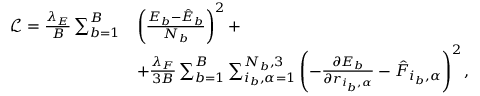
\begin{array} { r l } { \mathcal { L } = \frac { \lambda _ { E } } { B } \sum _ { b = 1 } ^ { B } } & { \left( \frac { E _ { b } - \hat { E } _ { b } } { N _ { b } } \right) ^ { 2 } + } \\ & { + \frac { \lambda _ { F } } { 3 B } \sum _ { b = 1 } ^ { B } \sum _ { i _ { b } , \alpha = 1 } ^ { N _ { b } , 3 } \left( - \frac { \partial E _ { b } } { \partial r _ { i _ { b } , \alpha } } - \hat { F } _ { i _ { b } , \alpha } \right) ^ { 2 } , } \end{array}